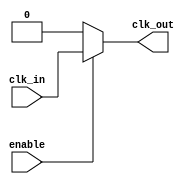
module clock_gating_cell (
    input wire clk_in,      // Incoming clock signal
    input wire enable,      // Enable signal
    output wire clk_out     // Gated clock output
);

    // Gated clock logic
    assign clk_out = enable ? clk_in : 1'b0;

endmodule